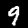
Digit: 9